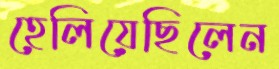
হেলিয়েছিলেন